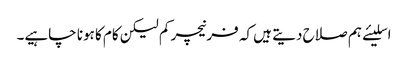
اسلیئے ہم صلاح دیتے ہیں کہ فرنیچر کم لیکن کام کا ہونا چاہیے۔